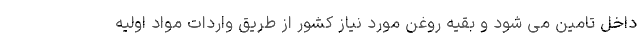
داخل تامین می شود و بقیه روغن مورد نیاز کشور از طریق واردات مواد اولیه